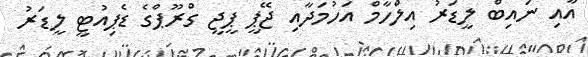
އާއި ނައިބް ލީޑަރު އިލްހާމް އަހުމަދާއި ޖޭޕީ ޕީޖީ ގްރޫޕްގެ ޑެޕިއުޓީ ލީޑަރު